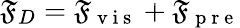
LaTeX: \mathfrak{F}_{D}=\mathfrak{F}_{\mathrm{{~v~i~s~}}}+\mathfrak{F}_{\mathrm{{~p~r~e~}}}